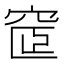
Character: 𥦪